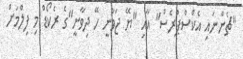
"ޗެންނައި އެކްސްޕްރެސް" އާއި "ޔޭ ޖަވާނީ ހޭ ދިވާނީ"ގެ ރެކޯޑް މި ފިލްމަށް